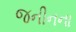
જનીનના